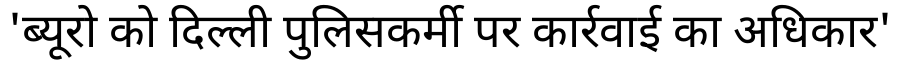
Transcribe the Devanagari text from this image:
'ब्यूरो को दिल्ली पुलिसकर्मी पर कार्रवाई का अधिकार'